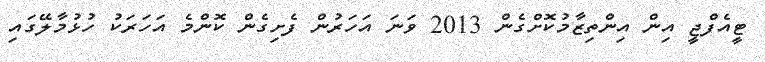
ޓީއެފްޖީ އިން އިންތިޒާމުކޮށްގެން 2013 ވަނަ އަހަރުން ފެށިގެން ކޮންމެ އަހަރަކު ހުޅުމާލޭގައި